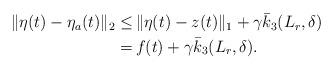
LaTeX: \begin{align*}\begin{aligned}\|\eta(t)-\eta_a(t)\|_2 \le &\, \|\eta(t)-z(t)\|_1 +\gamma \bar{k}_3(L_r,\delta) \\= &\, f(t) +\gamma \bar{k}_3(L_r,\delta).\end{aligned}\end{align*}